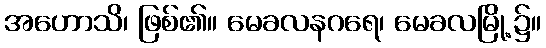
အဟောသိ၊ ဖြစ်၏။ မေခလနဂရေ၊ မေခလမြို့၌။